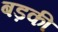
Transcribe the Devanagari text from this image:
बड़की